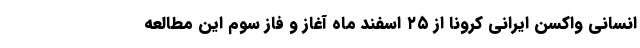
انسانی واکسن ایرانی کرونا از ۲۵ اسفند ماه آغاز و فاز سوم این مطالعه